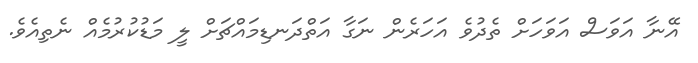
އޭނާ އަވަސް އަވަހަށް ތެދުވެ އަހަރެން ނަގާ އަތްދަނޑިމައްޗަށް ލީ މަޑުކުރުމެއް ނެތިއެވެ.